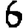
Digit: 6